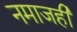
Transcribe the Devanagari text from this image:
नमाजही